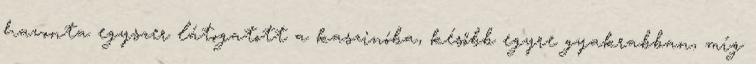
havonta egyszer látogatott a kaszinóba, később egyre gyakrabban, míg